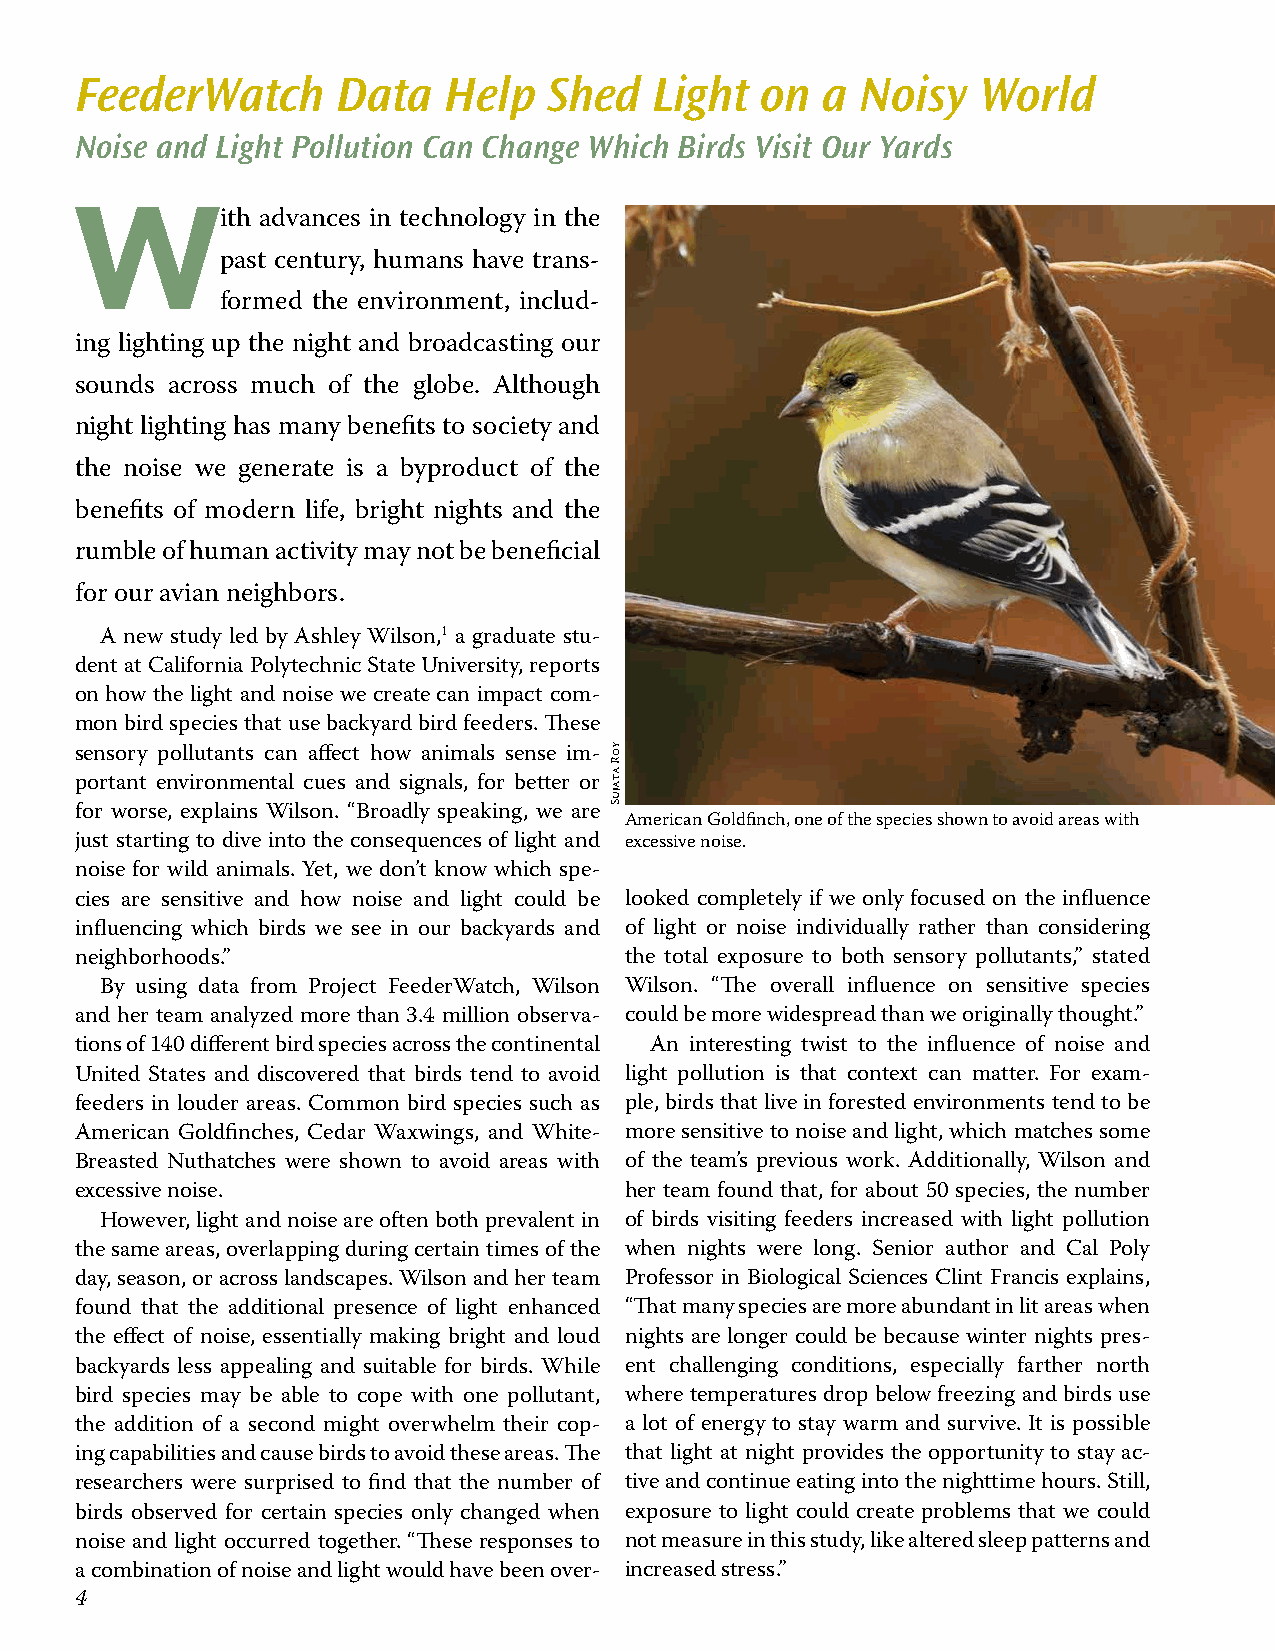
FeederWatch      Data   Help   Shed   Light  on   a Noisy   World
 Noise and Light Pollution Can Change Which Birds Visit Our Yards
 W
 ith advances in technology in the
 past century, humans have trans-
 formed the environment, includ-
 ing lighting up the night and broadcasting our
 sounds across much of the globe. Although
 night lighting has many benefits to society and
 the noise we generate is a byproduct of the
 benefits of modern life, bright nights and the
 rumble of human activity may not be beneficial
 for our avian neighbors.
 A new study led by Ashley Wilson,1 a graduate stu-
 dent at California Polytechnic State University, reports
 on how the light and noise we create can impact com-
 mon bird species that use backyard bird feeders. These
 sensory pollutants can affect how animals sense im-
 portant environmental cues and signals, for better or
 for worse, explains Wilson. “Broadly speaking, we are
 American Goldfinch, one of the species shown to avoid areas with
 just starting to dive into the consequences of light and excessive noise.
 noise for wild animals. Yet, we don’t know which spe-
 cies are sensitive and how noise and light could be looked completely if we only focused on the influence
 influencing which birds we see in our backyards and of light or noise individually rather than considering
 neighborhoods.”                     the total exposure to both sensory pollutants,” stated
 By using data from Project FeederWatch, Wilson Wilson. “The overall influence on sensitive species
 and her team analyzed more than 3.4 million observa- could be more widespread than we originally thought.”
 tions of 140 different bird species across the continental An interesting twist to the influence of noise and
 United States and discovered that birds tend to avoid light pollution is that context can matter. For exam-
 feeders in louder areas. Common bird species such as ple, birds that live in forested environments tend to be
 American Goldfinches, Cedar Waxwings, and White- more sensitive to noise and light, which matches some
 Breasted Nuthatches were shown to avoid areas with of the team’s previous work. Additionally, Wilson and
 excessive noise.                    her team found that, for about 50 species, the number
 However, light and noise are often both prevalent in of birds visiting feeders increased with light pollution
 the same areas, overlapping during certain times of the when nights were long. Senior author and Cal Poly
 day, season, or across landscapes. Wilson and her team Professor in Biological Sciences Clint Francis explains,
 found that the additional presence of light enhanced “That many species are more abundant in lit areas when
 the effect of noise, essentially making bright and loud nights are longer could be because winter nights pres-
 backyards less appealing and suitable for birds. While ent challenging conditions, especially farther north
 bird species may be able to cope with one pollutant, where temperatures drop below freezing and birds use
 the addition of a second might overwhelm their cop- a lot of energy to stay warm and survive. It is possible
 ing capabilities and cause birds to avoid these areas. The that light at night provides the opportunity to stay ac-
 researchers were surprised to find that the number of tive and continue eating into the nighttime hours. Still,
 birds observed for certain species only changed when exposure to light could create problems that we could
 noise and light occurred together. “These responses to not measure in this study, like altered sleep patterns and
 a combination of noise and light would have been over- increased stress.”
 44
 yoR
 atajuS